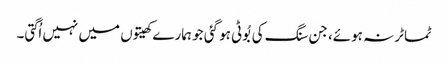
ٹماٹر نہ ہوئے، جن سنگ کی بُوٹی ہو گئی جو ہمارے کھیتوں میں نہیں اُگتی۔